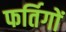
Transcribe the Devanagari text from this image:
फर्तिगों